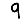
Digit: 9